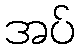
အပ်